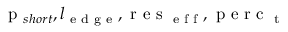
\textrm { p } _ { s h o r t } , l _ { \textrm { e d g e } } , \textrm { r e s } _ { \textrm { e f f } } , \textrm { p e r c } _ { \textrm { t } }